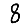
Digit: 8